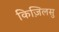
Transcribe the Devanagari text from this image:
किज़िलसु